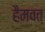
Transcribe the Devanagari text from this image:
हैमवत्